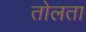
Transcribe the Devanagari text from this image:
तोलता